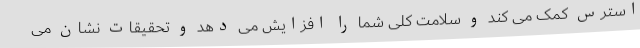
استرس کمک می کند و سلامت کلی شما را افزایش می دهد و تحقیقات نشان می